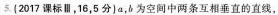
5. ( 2017 课标 Ⅲ，16，5分} a，b为空间中两条互相垂直的直线，